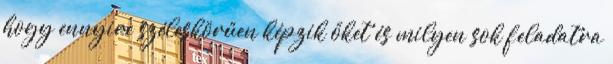
hogy ennyire széleskörűen képzik őket és milyen sok feladatra